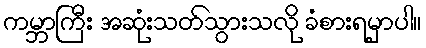
ကမ္ဘာကြီး အဆုံးသတ်သွားသလို ခံစားရမှာပါ။